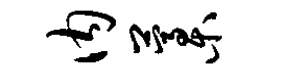
内藁